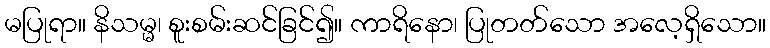
မပြုရာ။ နိသမ္မ၊ စူးစမ်းဆင်ခြင်၍။ ကာရိနော၊ ပြုတတ်သော အလေ့ရှိသော။